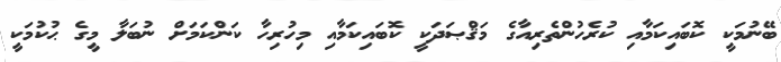
ބޭނުމަކީ ކޮބައިކަމާއި ކުރެހުންތެރިއާގެ މަޤްޞަދަކީ ކޮބައިކަމާއި މިހުރިހާ ކަންކަމަށް ނުބަލާ މީގެ ޙުކުމަކީ